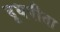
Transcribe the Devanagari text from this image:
दूधपीता